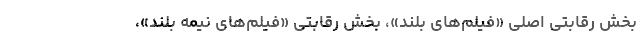
بخش رقابتی اصلی «فیلم‌های بلند»، بخش رقابتی «فیلم‌های نیمه بلند»،